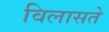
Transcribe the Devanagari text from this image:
विलासते